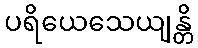
ပရိယေသေယျန္တိ